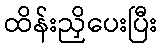
ထိန်းညှိပေးပြီး